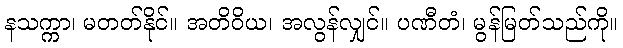
နသက္ကာ၊ မတတ်နိုင်။ အတိဝိယ၊ အလွန်လျှင်။ ပဏီတံ၊ မွန်မြတ်သည်ကို။